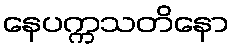
နေပက္ကသတိနော